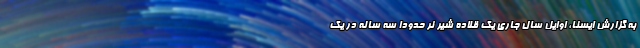
به گزارش ایسنا، اوایل سال جاری یک قلاده شیر نر حدودا سه ساله در یک